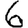
Digit: 6